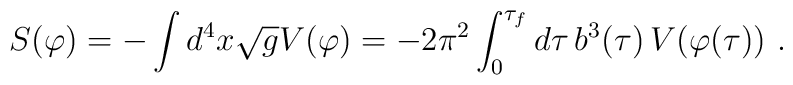
S(\varphi) = -\int d^4x\sqrt{g} V(\varphi) = - {2\pi^2\int_0^{\tau_f} d\tau\, b^3(\tau)\, V(\varphi(\tau))}\ .